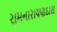
રામનારાયણદાસ